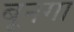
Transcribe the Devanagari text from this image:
बूनगा